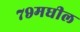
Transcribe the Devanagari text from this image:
७९मधील